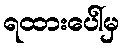
ရထားပေါ်မှ